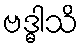
ဗဒ္ဓါသိ